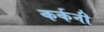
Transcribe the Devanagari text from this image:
कर्कनी